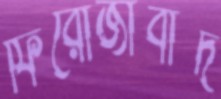
ফিরোজাবাদ